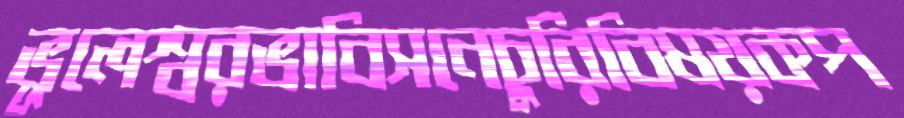
ভূলেশ্বরভাবিসনেচুরিবিষয়কপ